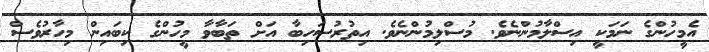
އެމީހުންގެ ނަމަކީ އިސްލާމުންނެވެ. މުސްލިމުންނެވެ. އިތުރުސަހިބާ އަށް ތަބާވާ މީހުންގެ ކިބައިން މިހާރުވެސް